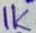
Text: 1K